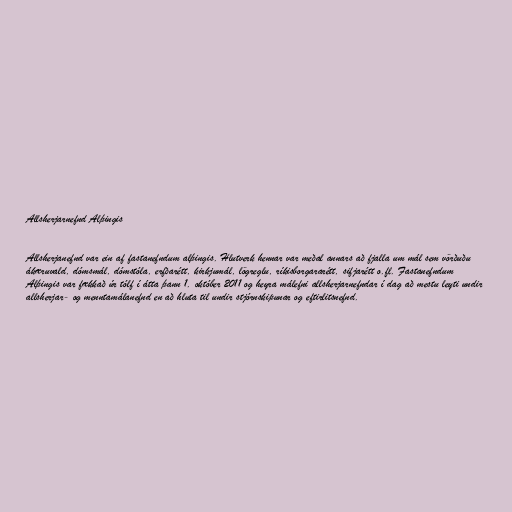
Allsherjarnefnd Alþingis

Allsherjanefnd var ein af fastanefndum alþingis. Hlutverk hennar var meðal annars að fjalla um mál sem vörðuðu
ákæruvald, dómsmál, dómstóla, erfðarétt, kirkjumál, lögreglu, ríkisborgararétt, sifjarétt o.fl. Fastanefndum
Alþingis var fækkað úr tólf í átta þann 1. október 2011 og heyra málefni allsherjarnefndar í dag að mestu leyti undir
allsherjar- og menntamálanefnd en að hluta til undir stjórnskipunar og eftirlitsnefnd.